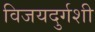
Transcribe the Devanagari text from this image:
विजयदुर्गशी